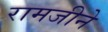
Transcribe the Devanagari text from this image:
रामजीने